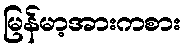
မြန်မာ့အားကစား